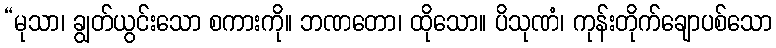
“မုသာ၊ ချွတ်ယွင်းသော စကားကို။ ဘဏတော၊ ထိုသော။ ပိသုဏံ၊ ကုန်းတိုက်ချောပစ်သော